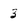
Character: 3